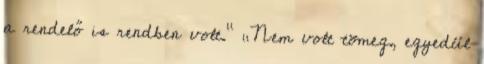
a rendelő is rendben volt.” „Nem volt tömeg, egyedül